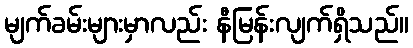
မျက်ခမ်းများမှာလည်း နီမြန်းလျက်ရှိသည်။